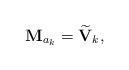
LaTeX: \begin{align*}\mathbf{M}_{a_k} = \widetilde{\mathbf{V}}_k,\end{align*}